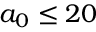
a _ { 0 } \leq 2 0